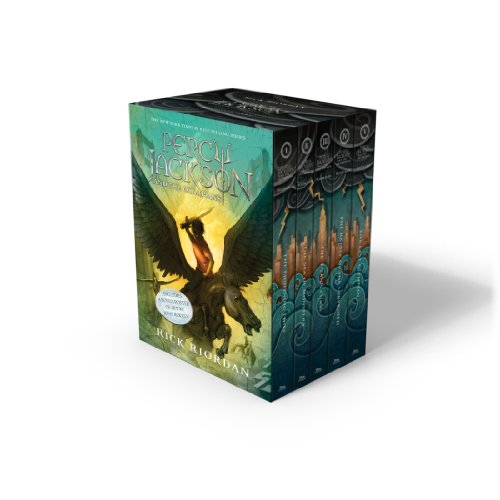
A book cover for Percy Jackson and the Olympians 5 Book Paperback Boxed Set (new covers w/poster) (Percy Jackson & the Olympians); Rick Riordan; Children's Books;